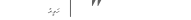
١١٧